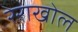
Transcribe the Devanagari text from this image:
रेराखोल